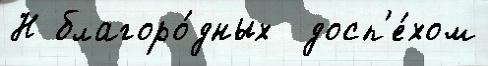
Н благоро́дных  досп'е́хом